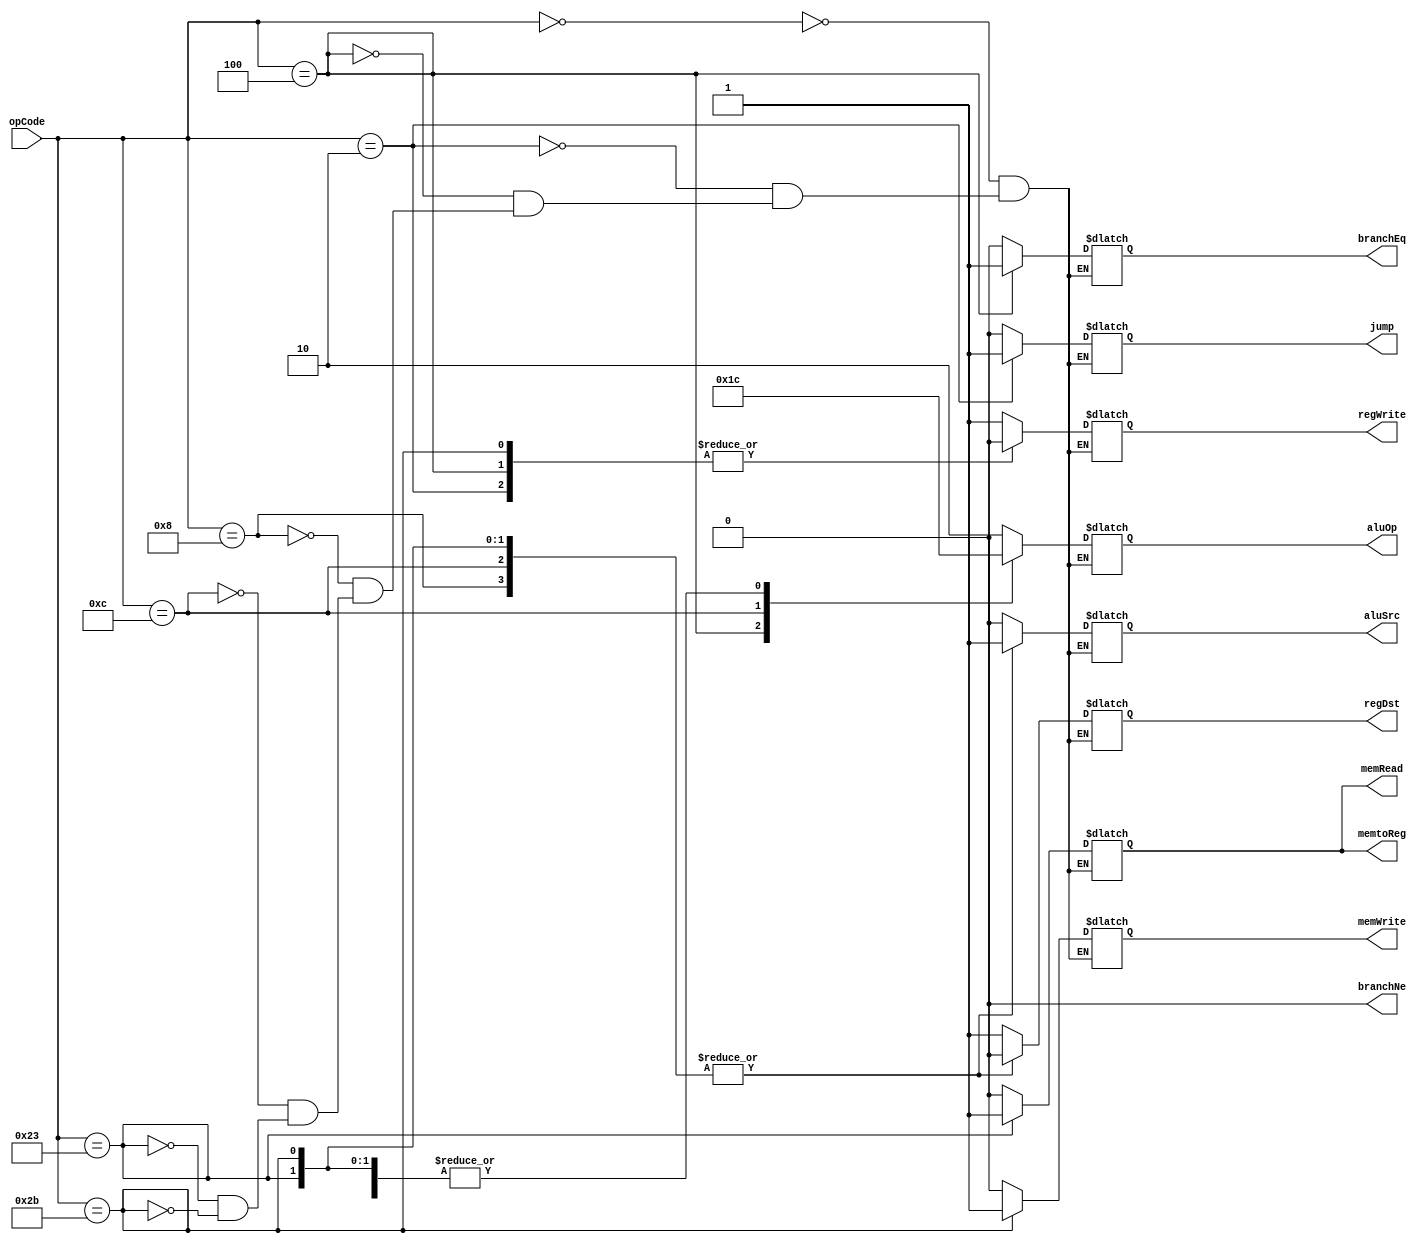
`ifndef MODULE_CONTROL
`define MODULE_CONTROL
`timescale 1ns / 1ps

module Control (
    input       [5:0]   opCode,
    output reg          regDst,
                        jump,
                        branchEq,
                        branchNe,
                        memRead,
                        memtoReg,
                        memWrite,
                        aluSrc,
                        regWrite,
    output reg  [1:0]   aluOp
);

    initial begin
        regDst      = 1'b0;
        jump        = 1'b0;
        branchEq    = 1'b0;
        branchNe    = 1'b0;
        memRead     = 1'b0;
        memtoReg    = 1'b0;
        memWrite    = 1'b0;
        aluSrc      = 1'b0;
        regWrite    = 1'b0;
        aluOp       = 2'b00;
    end

    always @ ( opCode ) begin
        case (opCode)
            6'b000000: begin // R-type
                regDst      <= 1'b1;
                jump        <= 1'b0;
                branchEq    <= 1'b0;
                branchNe    <= 1'b0;
                memRead     <= 1'b0;
                memtoReg    <= 1'b0;
                memWrite    <= 1'b0;
                aluSrc      <= 1'b0;
                regWrite    <= 1'b1;
                aluOp       <= 2'b10;
            end
            6'b000010: begin // j
                regDst      <= 1'b1;
                jump        <= 1'b1;
                branchEq    <= 1'b0;
                branchNe    <= 1'b0;
                memRead     <= 1'b0;
                memtoReg    <= 1'b0;
                memWrite    <= 1'b0;
                aluSrc      <= 1'b0;
                regWrite    <= 1'b0;
                aluOp       <= 2'b10;
			end
            6'b000100: begin // beq
                regDst      <= 1'b1;
                jump        <= 1'b0;
                branchEq    <= 1'b1;
                branchNe    <= 1'b0;
                memRead     <= 1'b0;
                memtoReg    <= 1'b0;
                memWrite    <= 1'b0;
                aluSrc      <= 1'b0;
                regWrite    <= 1'b0;
                aluOp       <= 2'b01;
            end
            6'b000100: begin // bne
                regDst      <= 1'b1;
                jump        <= 1'b0;
                branchEq    <= 1'b0;
                branchNe    <= 1'b1;
                memRead     <= 1'b0;
                memtoReg    <= 1'b0;
                memWrite    <= 1'b0;
                aluSrc      <= 1'b0;
                regWrite    <= 1'b0;
                aluOp       <= 2'b01;
            end
            6'b001000: begin // addi
                regDst      <= 1'b0;
                jump        <= 1'b0;
                branchEq    <= 1'b0;
                branchNe    <= 1'b0;
                memRead     <= 1'b0;
                memtoReg    <= 1'b0;
                memWrite    <= 1'b0;
                aluSrc      <= 1'b1;
                regWrite    <= 1'b1;
                aluOp       <= 2'b00;
            end
            6'b001100: begin // andi
                regDst      <= 1'b0;
                jump        <= 1'b0;
                branchEq    <= 1'b0;
                branchNe    <= 1'b0;
                memRead     <= 1'b0;
                memtoReg    <= 1'b0;
                memWrite    <= 1'b0;
                aluSrc      <= 1'b1;
                regWrite    <= 1'b1;
                aluOp       <= 2'b11;
            end
            6'b100011: begin // lw
                regDst      <= 1'b0;
                jump        <= 1'b0;
                branchEq    <= 1'b0;
                branchNe    <= 1'b0;
                memRead     <= 1'b1;
                memtoReg    <= 1'b1;
                memWrite    <= 1'b0;
                aluSrc      <= 1'b1;
                regWrite    <= 1'b1;
                aluOp       <= 2'b00;
			end
            6'b101011: begin // sw
                regDst      <= 1'b0;
                jump        <= 1'b0;
                branchEq    <= 1'b0;
                branchNe    <= 1'b0;
                memRead     <= 1'b0;
                memtoReg    <= 1'b0;
                memWrite    <= 1'b1;
                aluSrc      <= 1'b1;
                regWrite    <= 1'b0;
                aluOp       <= 2'b00;
			end

            default: ;
        endcase
    end

endmodule // control

`endif // MODULE_CONTROL